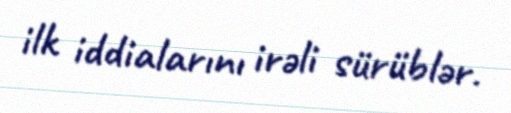
ilk iddialarını irəli sürüblər.